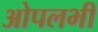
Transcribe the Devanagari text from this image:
ओपलभी